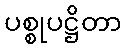
ပစ္စုပဋ္ဌိတာ